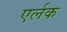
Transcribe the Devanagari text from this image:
एर्लक